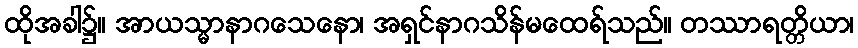
ထိုအခါ၌။ အာယသ္မာနာဂသေနော၊ အရှင်နာဂသိန်မထေရ်သည်။ တဿာရတ္တိယာ၊